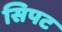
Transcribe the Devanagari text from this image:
सिपट